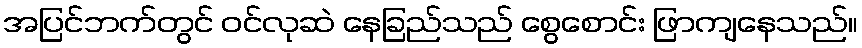
အပြင်ဘက်တွင် ဝင်လုဆဲ နေခြည်သည် စွေစောင်း ဖြာကျနေသည်။